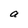
Character: a